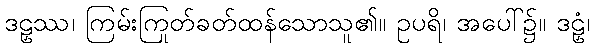
ဒဠှဿ၊ ကြမ်းကြုတ်ခတ်ထန်သောသူ၏။ ဥပရိ၊ အပေါ်၌။ ဒဠှံ၊